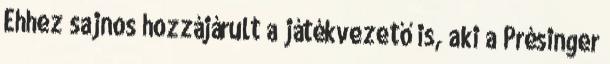
Ehhez sajnos hozzájárult a játékvezető is, aki a Présinger